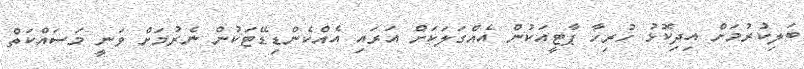
ބަލިކުރުމަށް އިދިކޮޅު ހުރިހާ ޕާޓީއަކުން އެއްގަލަކަށް އަރައި އެއްކެންޑިޑޭޓަކުން ނެރުމަށް ވަނީ މަސައްކަތް